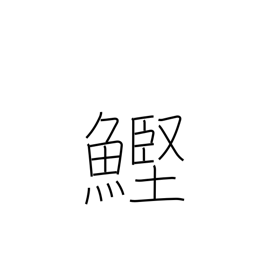
Meaning: bonito